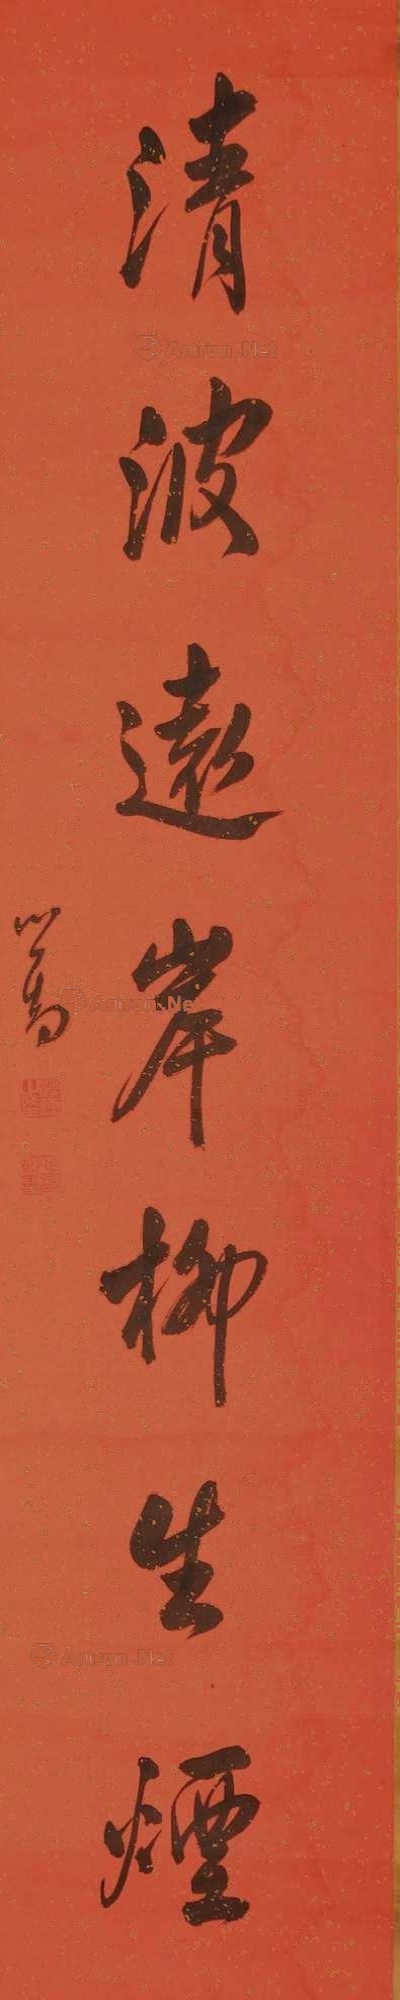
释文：清波远岸柳生烟。心畬。